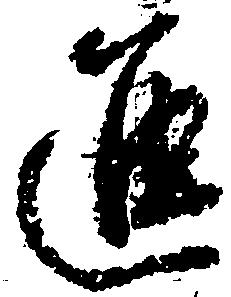
進